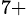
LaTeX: ^{7+}